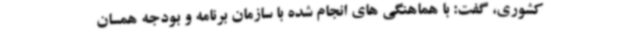
کشوری، گفت: با هماهنگی های انجام شده با سازمان برنامه و بودجه همسان